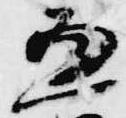
兼